Lui_Olesk, lk 7
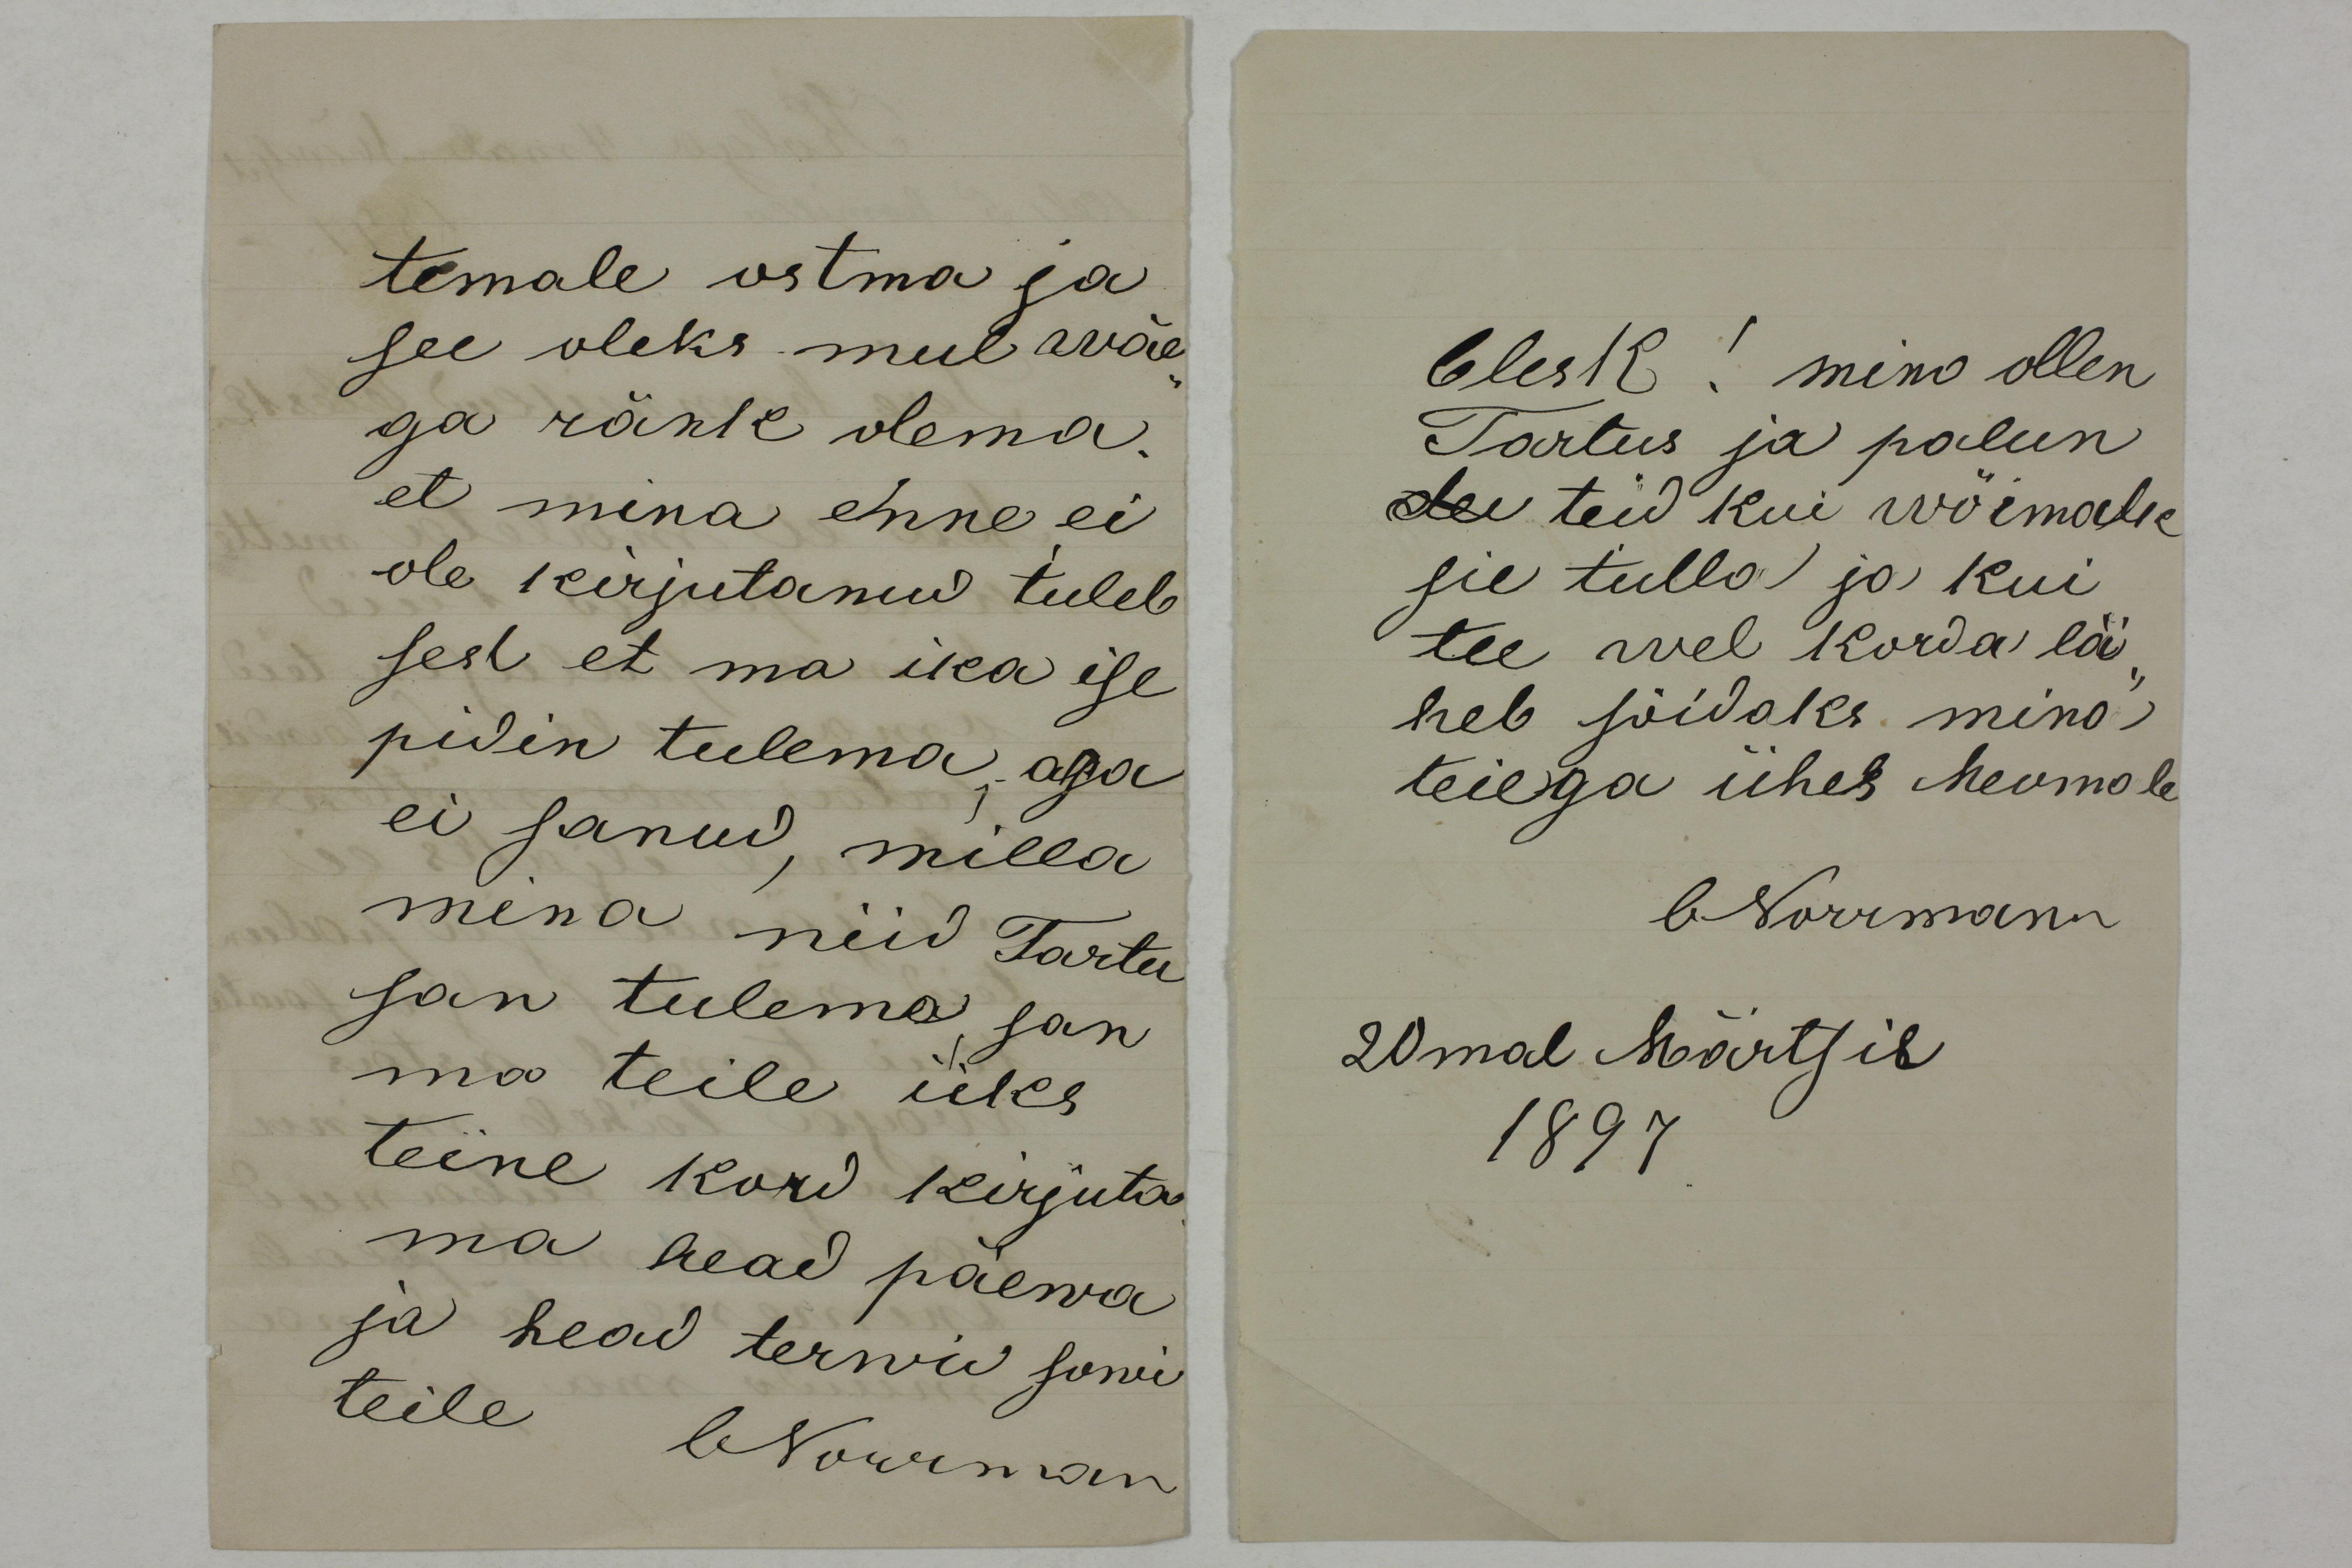
temale ostma ja
see oleks mul wäe-
ga ränk olema.
et mina enne ei
ole kirjutanud tuleb
sest et ma ika ise
pidin tulema, aga
ei sanud, milla
mina nüd Tartu
san tulema, san
ma teile üks
teine kord kirjuta
ma head päewa
ja head terwid sowi
teile
ONorrman

Olesk! mino ollen
Tartus ja palun
olen teid kui wõimalk
sie tulla ja kui
tee wel korda lä-
heb sõidaks mina
teiega ühes Meomale
ONormann
20mal Märtsil
1897